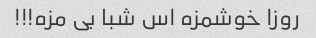
روزا خوشمزه اس شبا بی مزه!!!